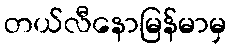
တယ်လီနောမြန်မာမှ